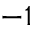
^ { - 1 }